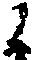
候